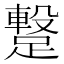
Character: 𮜋